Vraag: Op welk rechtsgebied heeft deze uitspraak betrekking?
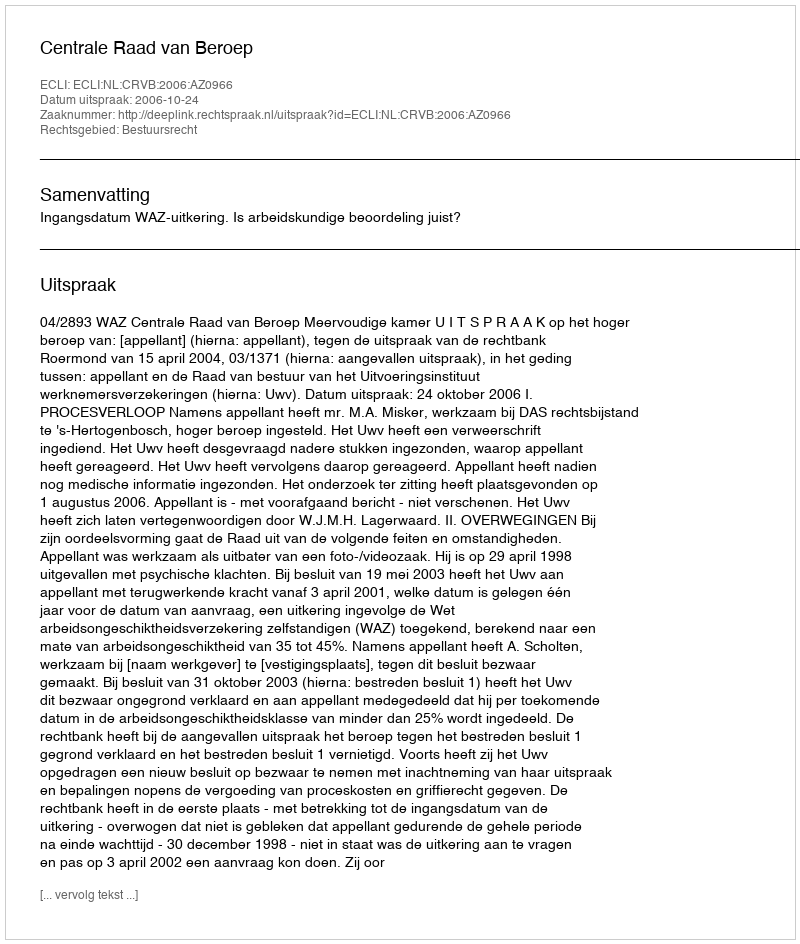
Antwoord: Bestuursrecht